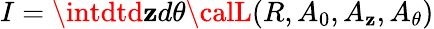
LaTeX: I=\intdtd\mathbf{z}d\theta{\calL}(R,A_{0},A_{\mathbf{z}},A_{\theta})